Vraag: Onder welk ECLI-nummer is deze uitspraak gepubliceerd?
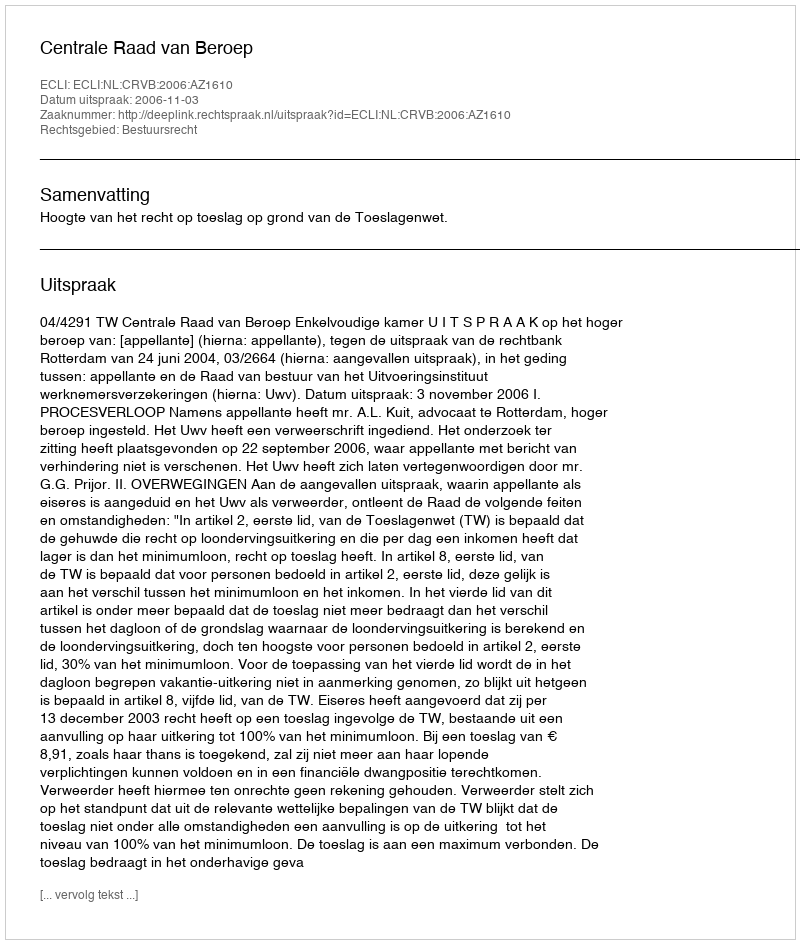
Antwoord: ECLI:NL:CRVB:2006:AZ1610